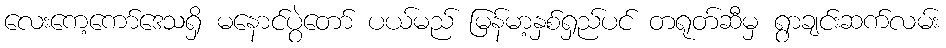
လေးကေ့ကော်ဒေသရှိ မနောင်ပွဲတော် ပယ်မည် မြန်မာ့နှစ်ရှည်ပင် တရုတ်ဆီမှ ရွာချင်းဆက်လမ်း